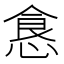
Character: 𱃤